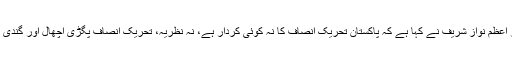
2018ء) سابق وزیر اعظم نواز شریف نے کہا ہے کہ پاکستان تحریک انصاف کا نہ کوئی کردار ہے، نہ نظریہ، تحریک انصاف پگڑی اچھال اور گندی زبان والی پارٹی ہے۔